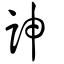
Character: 訷